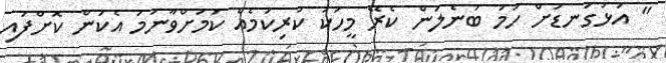
" އަޅުގަނޑަށް ހަމަ ބުނެލަން ކެރޭ މީހަކު ކުރިކަމެއް ކަމަށްވާނަމަ އެކަން ކޮށްފައި